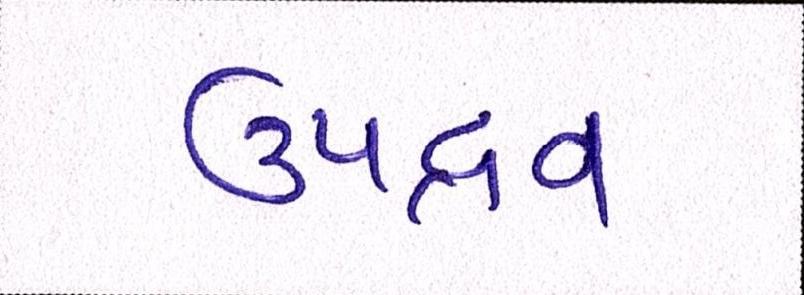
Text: ઉપદ્રવ